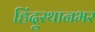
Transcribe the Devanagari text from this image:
हिंदूस्थानभर